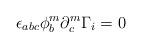
LaTeX: \begin{align*}\epsilon_{abc} \phi^m_b \partial^m_c \Gamma_i = 0\end{align*}